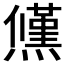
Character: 𭶠